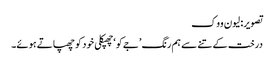
تصویر: لیون ووک
درخت کے تنے سے ہم رنگ ’جےکو‘ چھپکلی خود کو چھپاتے ہوئے۔